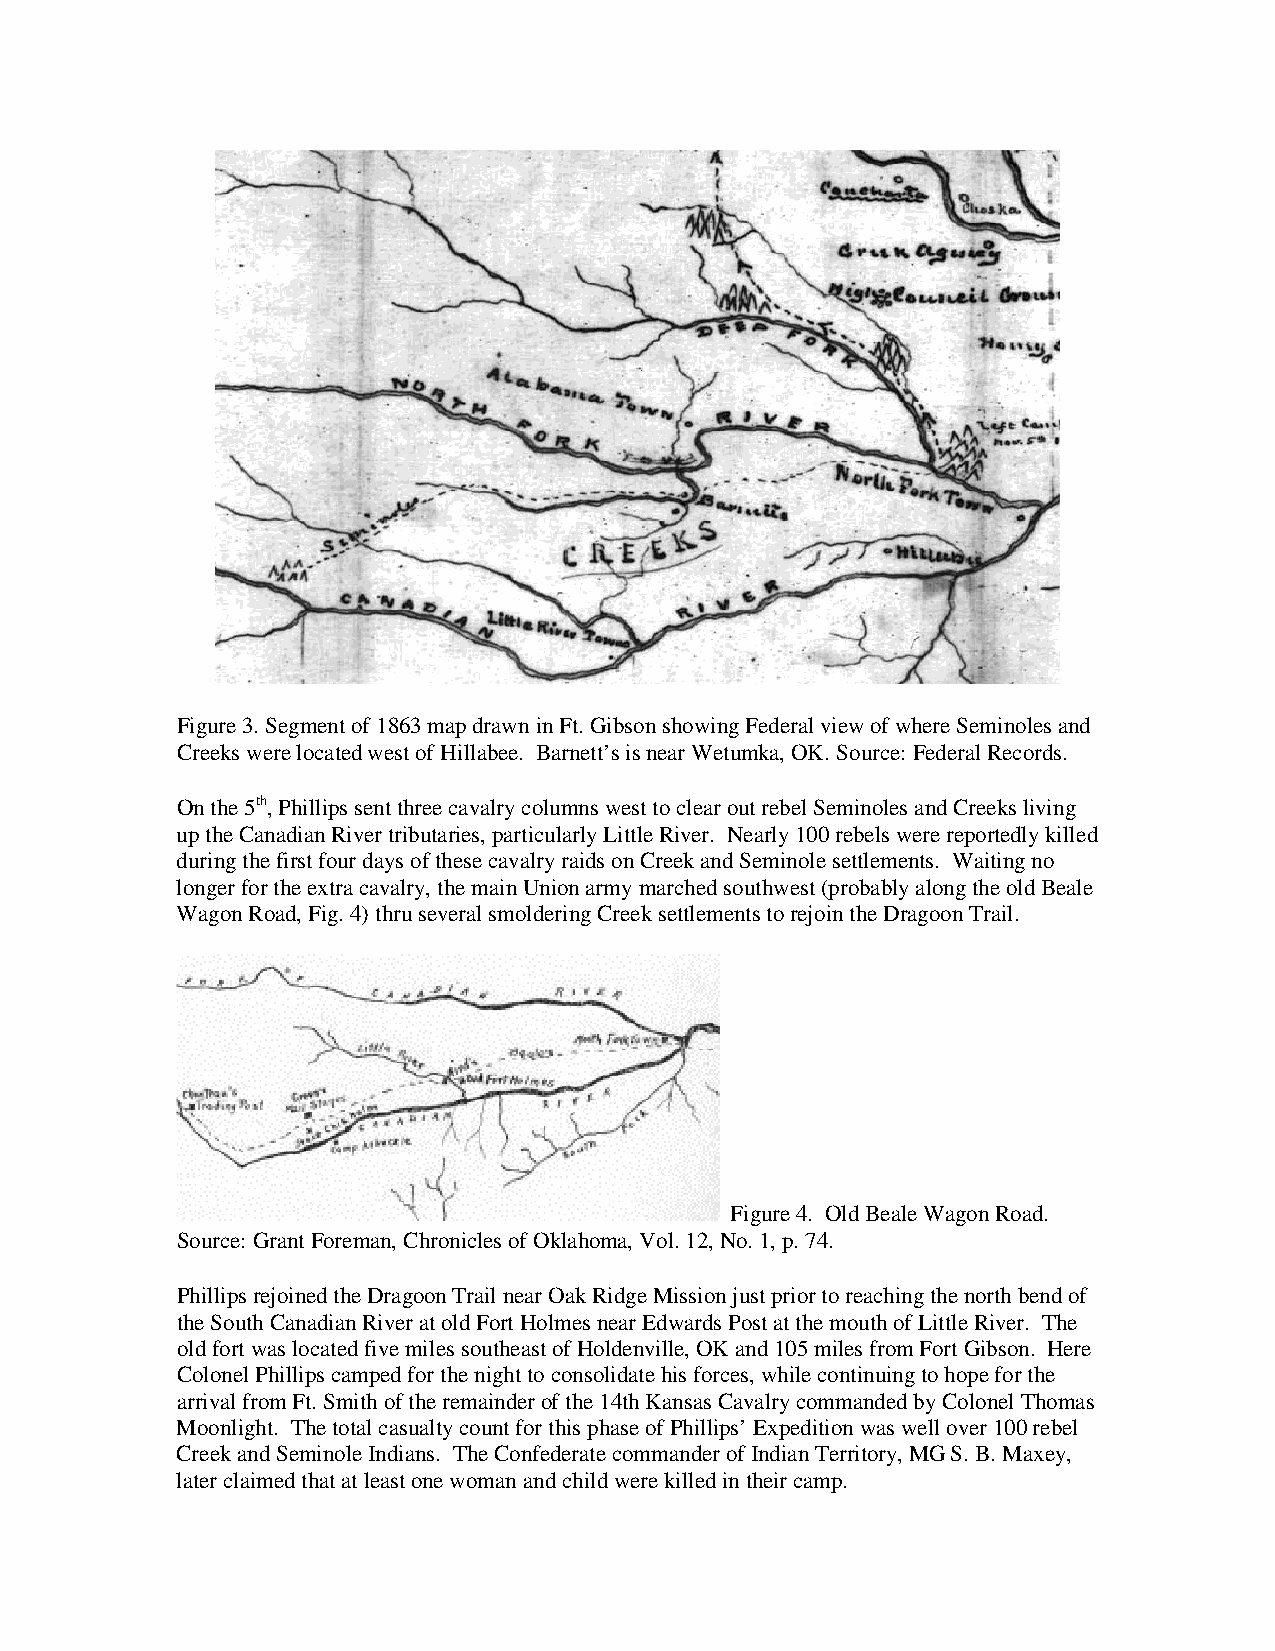
Figure 3. Segment of 1863 map drawn in Ft. Gibson showing Federal view of where Seminoles and
 Creeks were located west of Hillabee. Barnett’s is near Wetumka, OK. Source: Federal Records.
 On the 5th, Phillips sent three cavalry columns west to clear out rebel Seminoles and Creeks living
 up the Canadian River tributaries, particularly Little River. Nearly 100 rebels were reportedly killed
 during the first four days of these cavalry raids on Creek and Seminole settlements. Waiting no
 longer for the extra cavalry, the main Union army marched southwest (probably along the old Beale
 Wagon Road, Fig. 4) thru several smoldering Creek settlements to rejoin the Dragoon Trail.
 Figure 4. Old Beale Wagon Road.
 Source: Grant Foreman, Chronicles of Oklahoma, Vol. 12, No. 1, p. 74.
 Phillips rejoined the Dragoon Trail near Oak Ridge Mission just prior to reaching the north bend of
 the South Canadian River at old Fort Holmes near Edwards Post at the mouth of Little River. The
 old fort was located five miles southeast of Holdenville, OK and 105 miles from Fort Gibson. Here
 Colonel Phillips camped for the night to consolidate his forces, while continuing to hope for the
 arrival from Ft. Smith of the remainder of the 14th Kansas Cavalry commanded by Colonel Thomas
 Moonlight. The total casualty count for this phase of Phillips’ Expedition was well over 100 rebel
 Creek and Seminole Indians. The Confederate commander of Indian Territory, MG S. B. Maxey,
 later claimed that at least one woman and child were killed in their camp.